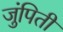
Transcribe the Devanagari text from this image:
जुंपिती